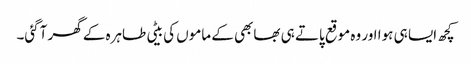
کچھ ایسا ہی ہوا اور وہ موقع پاتے ہی بھابھی کے ماموں کی بیٹی طاہرہ کے گھر آگئی۔